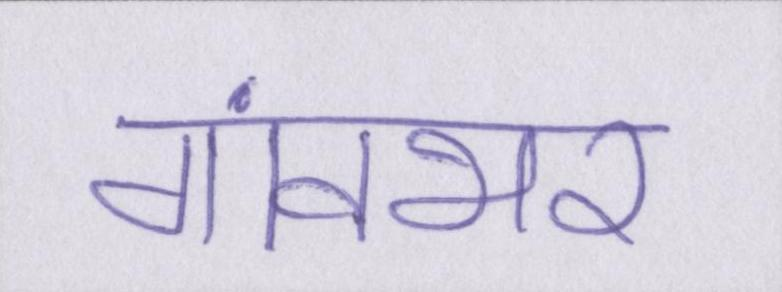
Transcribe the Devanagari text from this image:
गांवभर